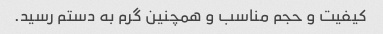
کیفیت و حجم مناسب و همچنین گرم به دستم رسید.